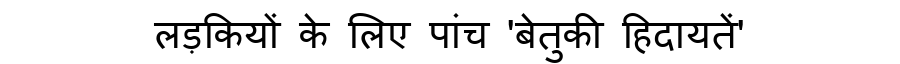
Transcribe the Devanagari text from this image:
लड़कियों के लिए पांच 'बेतुकी हिदायतें'